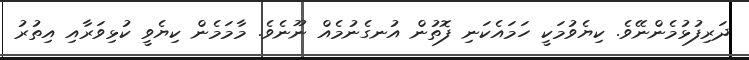
ދަރިފުޅުމެންނޭވެ. ކިޔެވުމަކީ ހަމައެކަނި ފޮތުން އުނގެނުމެއް ނޫނެވެ. މާމަމެން ކިޔެވީ ކުޅިވަރާއި އިތުރު